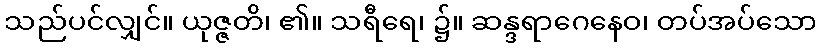
သည်ပင်လျှင်။ ယုဇ္ဇတိ၊ ၏။ သရီရေ၊ ၌။ ဆန္ဒရာဂေနေဝ၊ တပ်အပ်သော